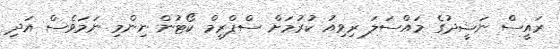
ރައީސް ނަޝީދުގެ މައްސަލަ ރިވިއު ކުރުމަށް ސްޕްރީމް ކޯޓުން ނިންމި ނަމަވެސް އަދި